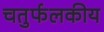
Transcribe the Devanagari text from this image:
चतुर्फलकीय